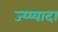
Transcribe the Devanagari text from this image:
ज्य्य्यादा